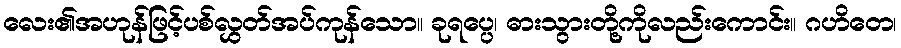
လေး၏အဟုန်ဖြင့်ပစ်လွှတ်အပ်ကုန်သော။ ခုရပ္ပေ၊ ဓားသွားတို့ကိုလည်းကောင်း။ ဂဟိတေ၊